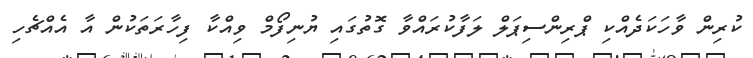
ކުރިން ވާހަކަދެއްކި ޕްރިންސިޕަލް ލަފާކުރައްވާ ގޮތުގައި ޔުނިފޯމް ވިއްކާ ފިހާރަތަކުން އާ އެއްޗެހި